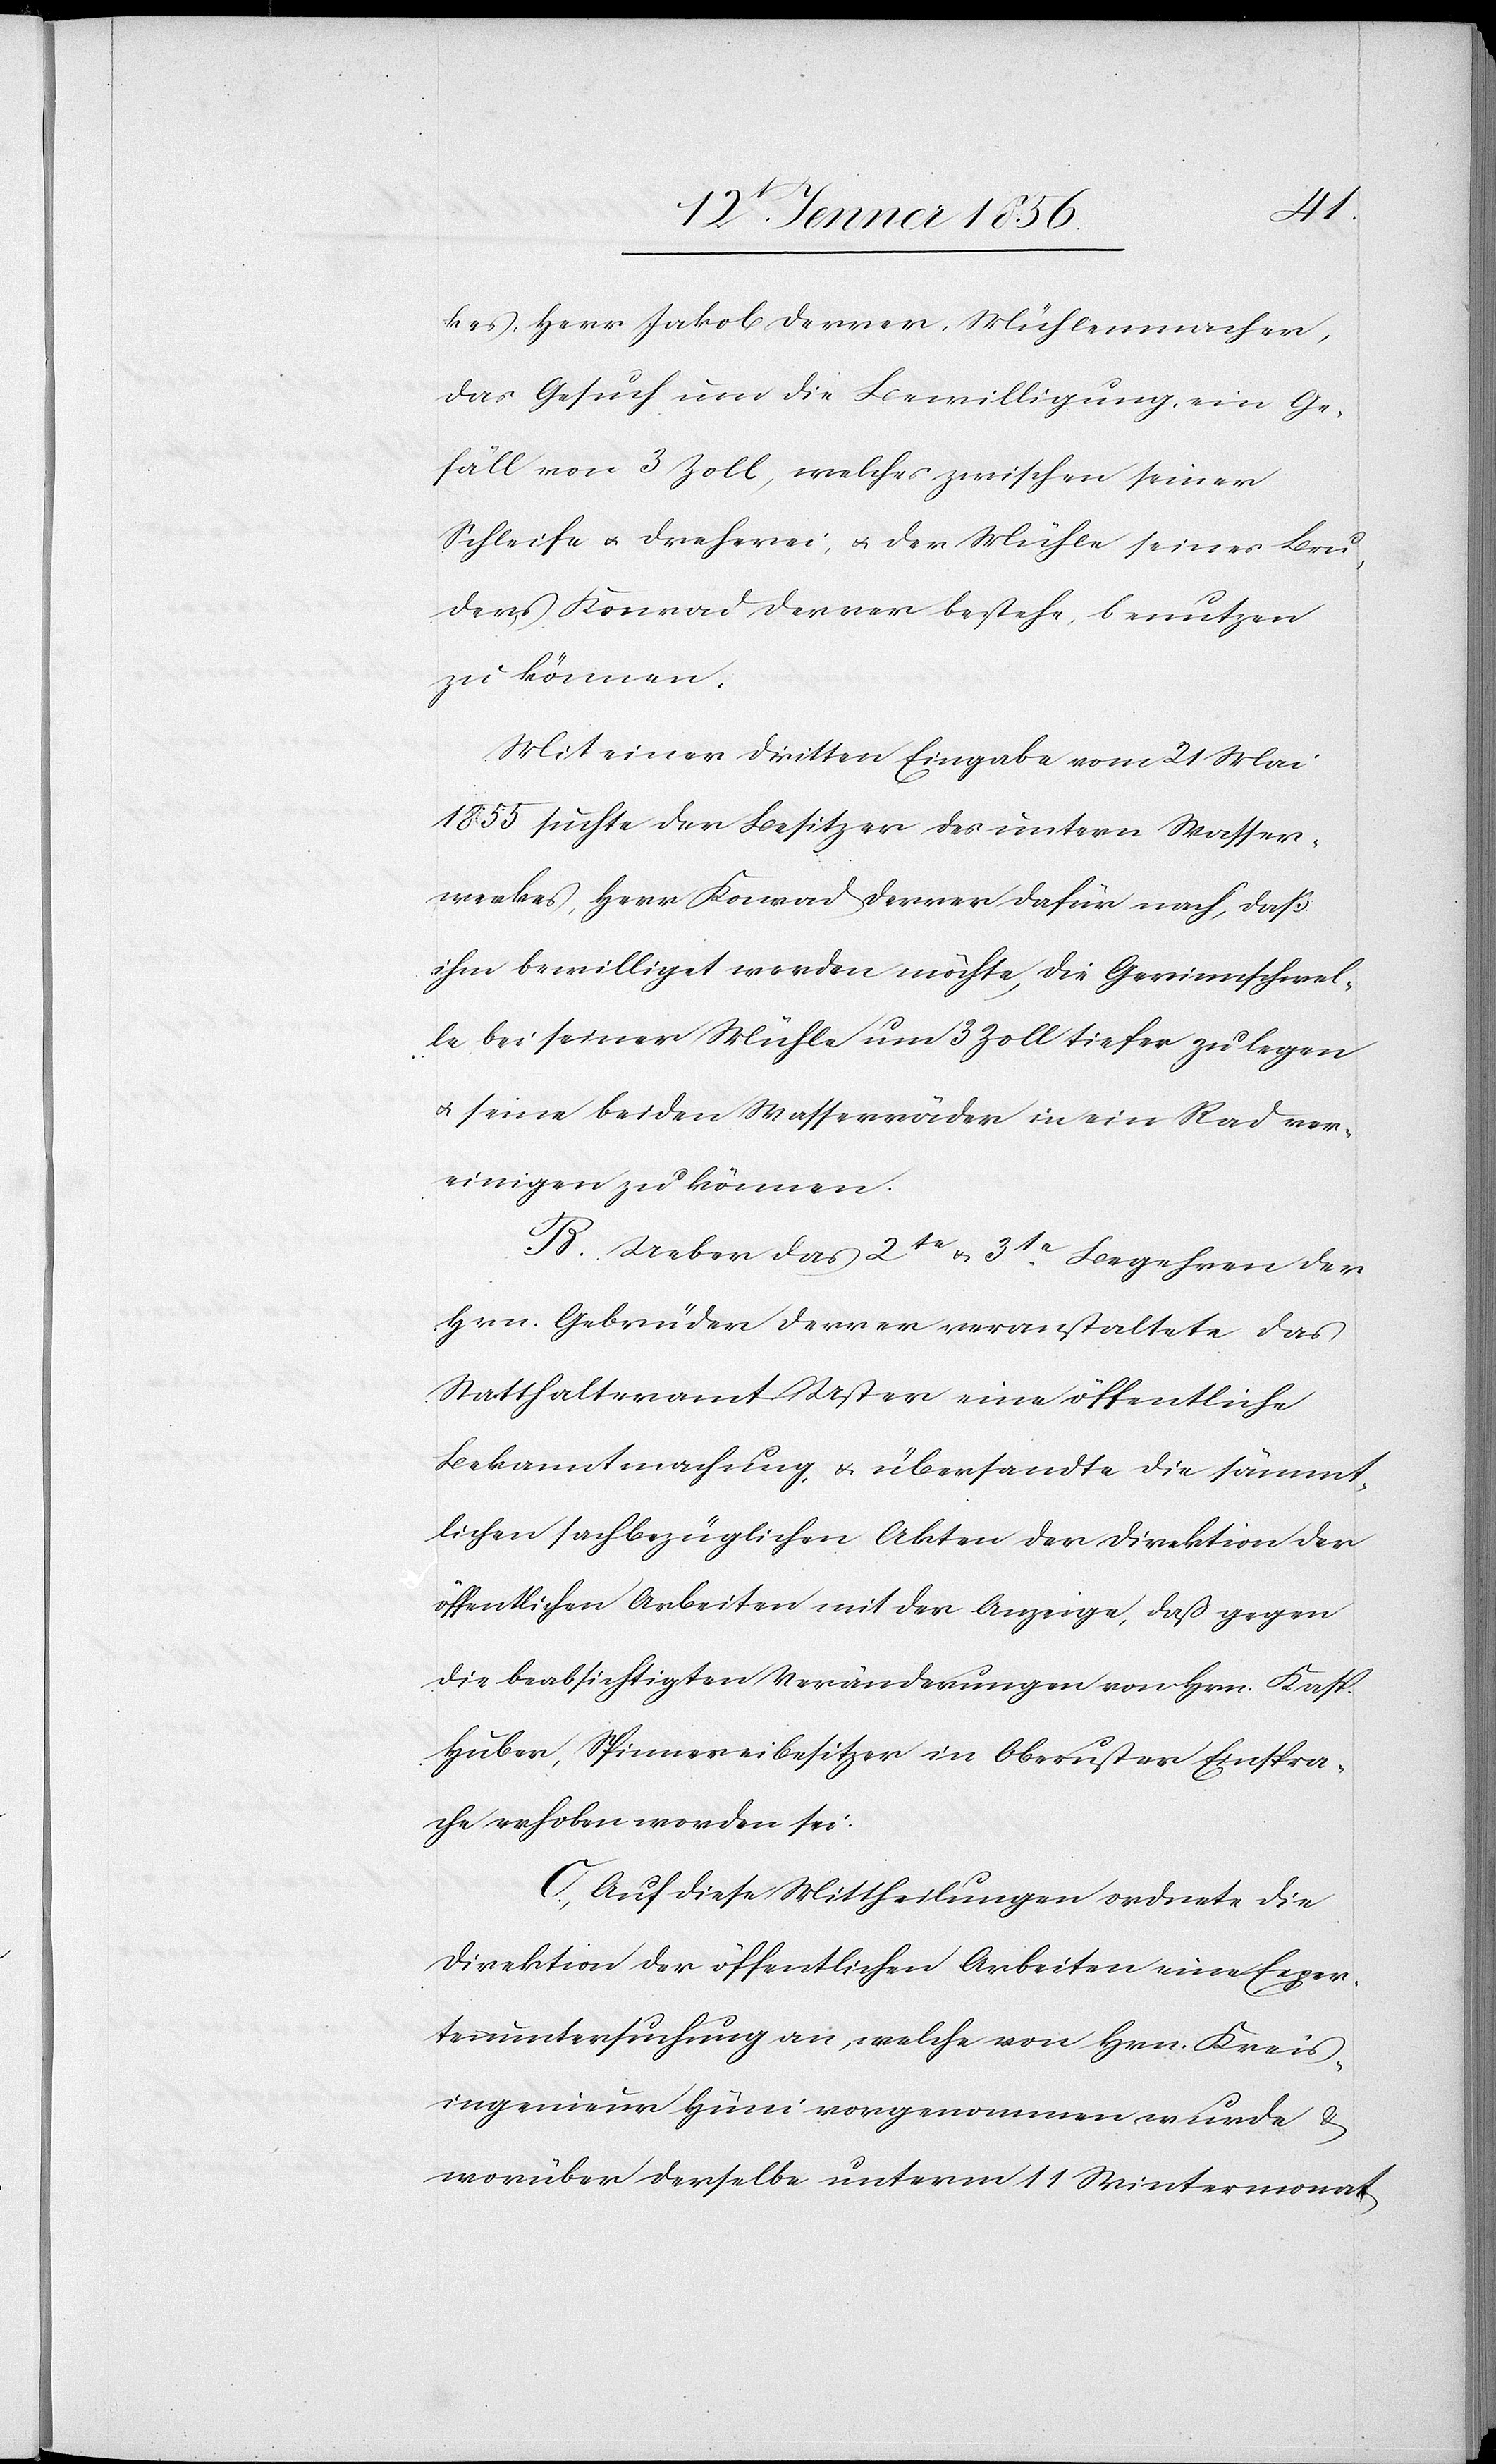
kes, Herr Jakob Derrer, Mühlenmacher,
das Gesuch um die Bewilligung, ein Ge¬
fäll von 3 Zoll, welches zwischen seiner
Schleife u. Dreherei, u. der Mühle seines Bru¬
ders Konrad Derrer bestehe, benutzen
zu können.
Mit einer dritten Eingabe vom 21 Mai
1855 suchte der Besitzer des untern Wasser¬
werkes, Herr Konrad Derrer dafür nach, daß
ihm bewilligt werden möchte, die Gerinnschwel¬
le bei seiner Mühle und 3 Zoll tiefer zu legen
u. seine beiden Wasserräder in ein Rad ver¬
einigen zu können.
B. Ueber das 2te u. 3te Begehren der
Hrn. Gebrüder Derrer veranstaltete das
Statthalteramt Uster eine öffentliche
Bekanntmachung, u. übersandte die sämmt¬
lichen sachbezüglichen Akten der Direktion der
öffentlichen Arbeiten mit der Anzeige, daß gegen
die beabsichtigten Veränderungen von Hrn. Kasp.
Huber, Spinnereibesitzer in Oberuster Einspra¬
che erhoben worden sei.
C. Auf diese Mittheilungen ordnete die
Direktion der öffentlichen Arbeiten eine Exper¬
tenuntersuchung an, welche von Hrn. Kreis¬
ingenieur Hüni vorgenommen wurde &
worüber derselbe unterm 11 Wintermonat